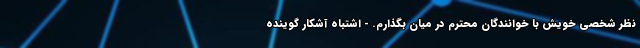
نظر شخصی خویش با خوانندگان محترم در میان بگذارم. - اشتباه آشکار گوینده